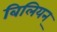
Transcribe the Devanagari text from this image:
बिलियन्